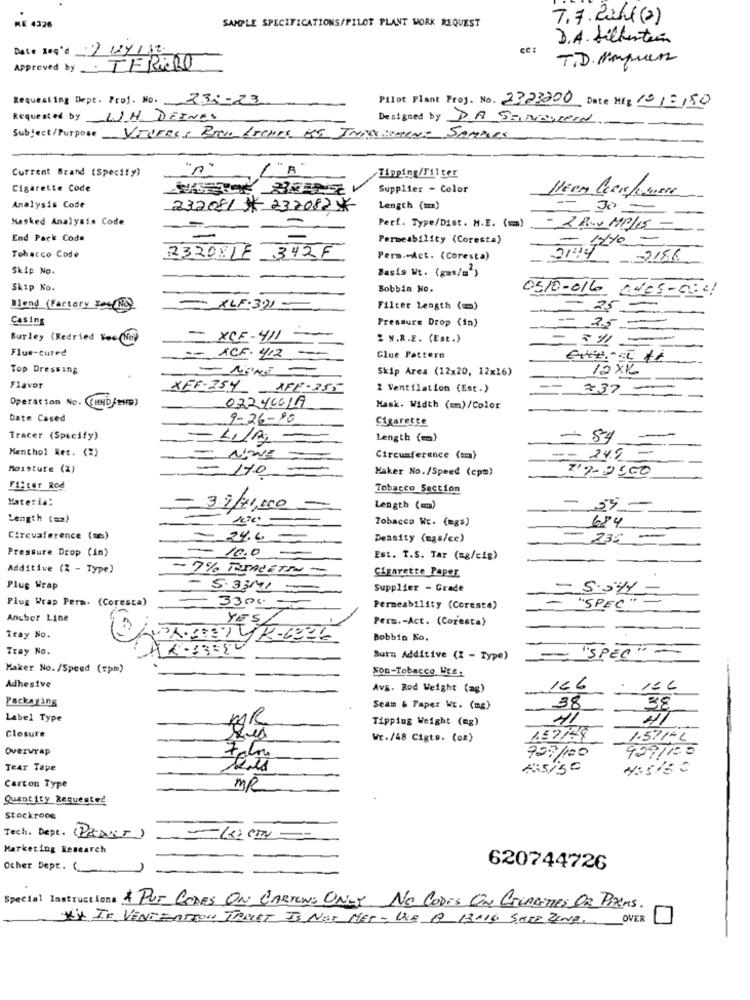
AF 4328
7.7.2004(2)
SAMPLE SPECIFICATIONS/PILOT PLANT WORK REQUEST
D.A. filberten
Date Req'd 2/27/12.
T.D. Marques
Approved by TERINO
Requesting Dept. Proj. No. 230-23
Pilot Plant Proj. No. 2323200 Date Mfg 10/2/50
Requested by
WH DEINES
Designed by DA SINascend
Subject/Purpose
Current Brand (Specify)
L "B
/Tipping/Filter
Cigarette Code
Supplier - Color
Heen Center
Analysis Code
232081 #237082X
Length (tm)
= 30-
Masked Analysis Code
Perf. Type/Dist. M.E. ( == )
- 2 R.V MP/15 -
End Pack Code
Permeability (Coresta)
-
Tobacco Code
232081F 342F
Perm. Act. (Coresta)
2156
Skip No.
Basis Wt. (gas/=')
Skip No.
Bobbin No.
0510-016 ANOS-50 !!
Blend (Factory For No)
-XLF.321-
Filter Length (um)
25
Casing
Pressure Drop (in)
= 2.5-
Burley (Redried Fec(No)
- XCF-411
2 N.R.E. CEst.)
Flue-cured
== ACF. 1412
-
Glue Pattern
Top Dressing
Skip Area (12x20, 12x16)
12 XL
Flavor
XFF-254 -
AFE-255
2 Ventilation (Est.)
737 -
Operation No. ((HHD(ED)
022400LA
Mask. Width (mm)/Color
Date Cased
9-26-90
Cigaretce
Tracer (Specify)
-
=LIJA
Length (m)
Menthol Ret. (%)
- NONE
Circumference (uma)
== 249
Moisture (2)
-
-
170
Maker No./Speed (cpm)
'7-2500
Filter Rod
Tobacco Section
Material
- 3.9/71,000
Length (m)
Length (m2)
-
=
Tobacco Wc. (mgs)
684
Circuaference (mm)
24.6
-
Density (mas/ce)
- 235
Pressure Drop (in)
- 10.0
Est. T.S. Tar (mg/cig)
Additive (Z - Type)
- 7% RSARETRO -
Cigarette Paper
Plug Wrap
- 5.33/41 =
Supplier - Grade
- 5.044
Plug Wrap Perm. (Coresta)
- 3300
"SPEC" -
Permeability (Coreste)
Anchor Line
YES
Pers .- Act. (Coresta)
Tray No.
Bobbin Ko.
Tray No.
- "SPEC" ~
Burn Additive (Z - Type)
Maker No./Speed (rpm)
Non-Tobacco WEs.
Adhesive
AvB. Rod Weight (ag)
166
15 €
Packaging
Seam & Paper Wt. (mg)
38
58
Label Type
Tipping Weight (mg)
41
Closure
WE./48 Cigte. (oz)
1.57/24
1.571-
Overwrap
929/125
Falo
727/100
Tear Tape
445/50
Carton Type
MR
Quantity Requested
Stockroom
Tech. Dept. (PRANT)
-kiem
Marketing Research
Other Dept. (
620744726
Special Instructions & PUT CODES ON CARTONS ONLY. NE CODES ON CIGARETTES OR PIACMS.
Xi IF VENTEATION TAMET IS NOT MET- USE B 13016 SALE ZINE OVER